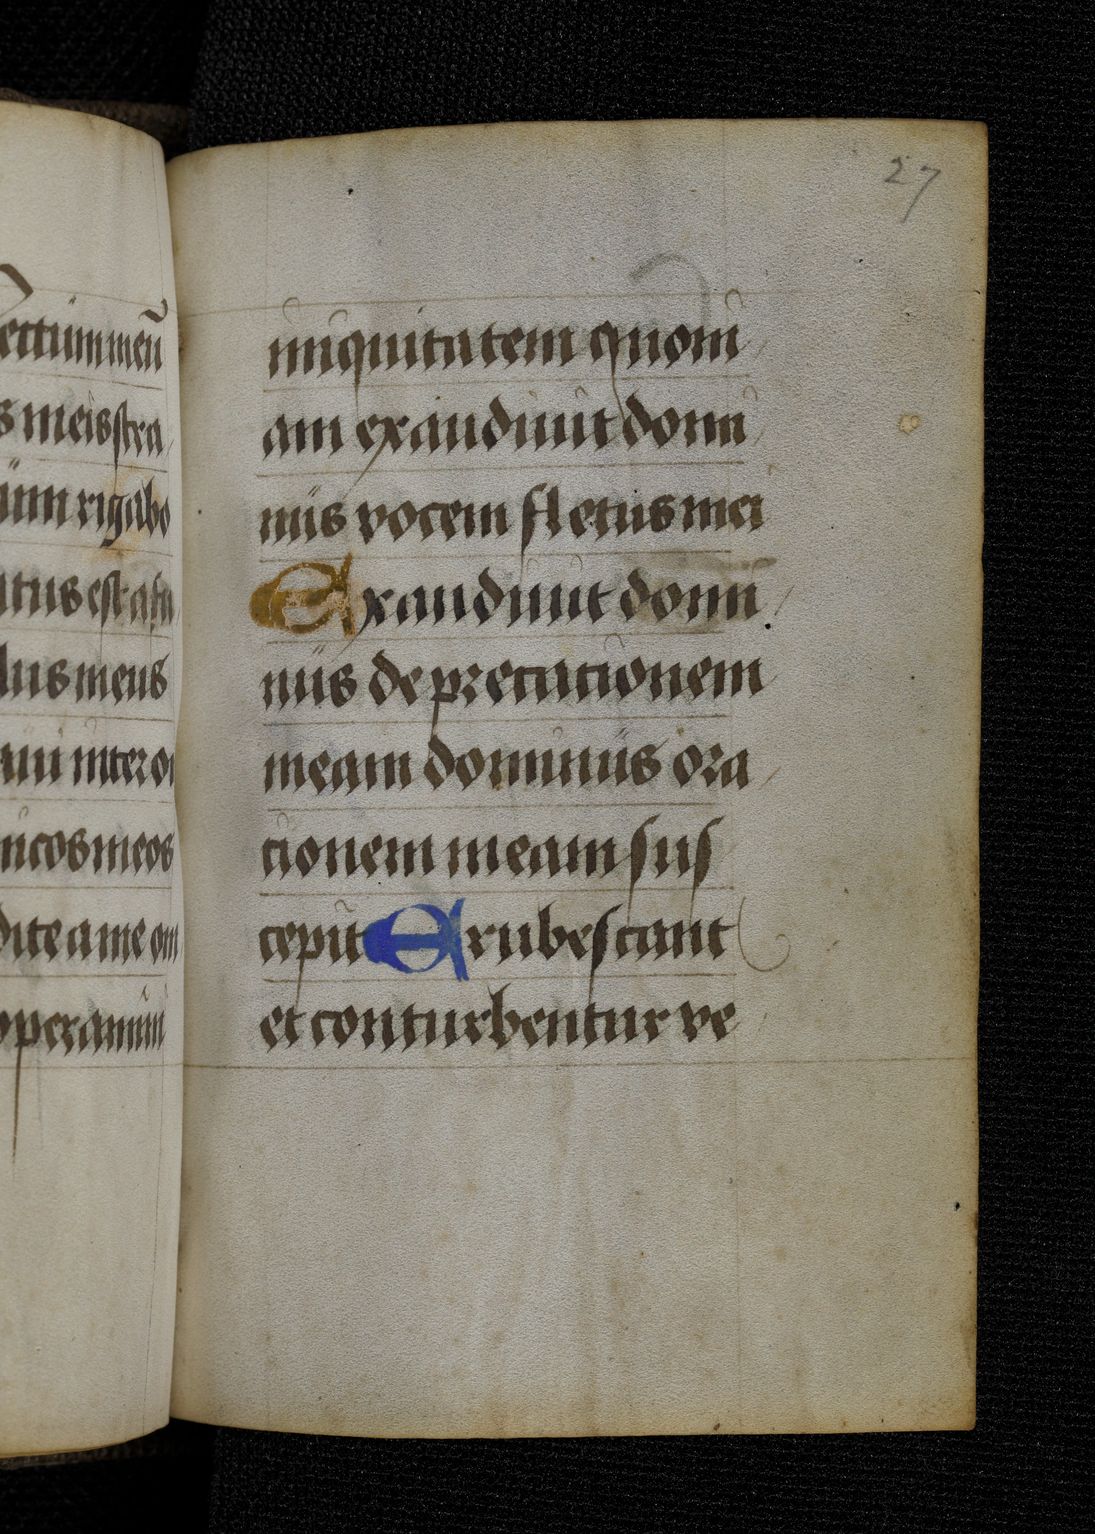
Shelfmark: Berlin, Staatsbibliothek, Germ. Oct. 511
Century: 15